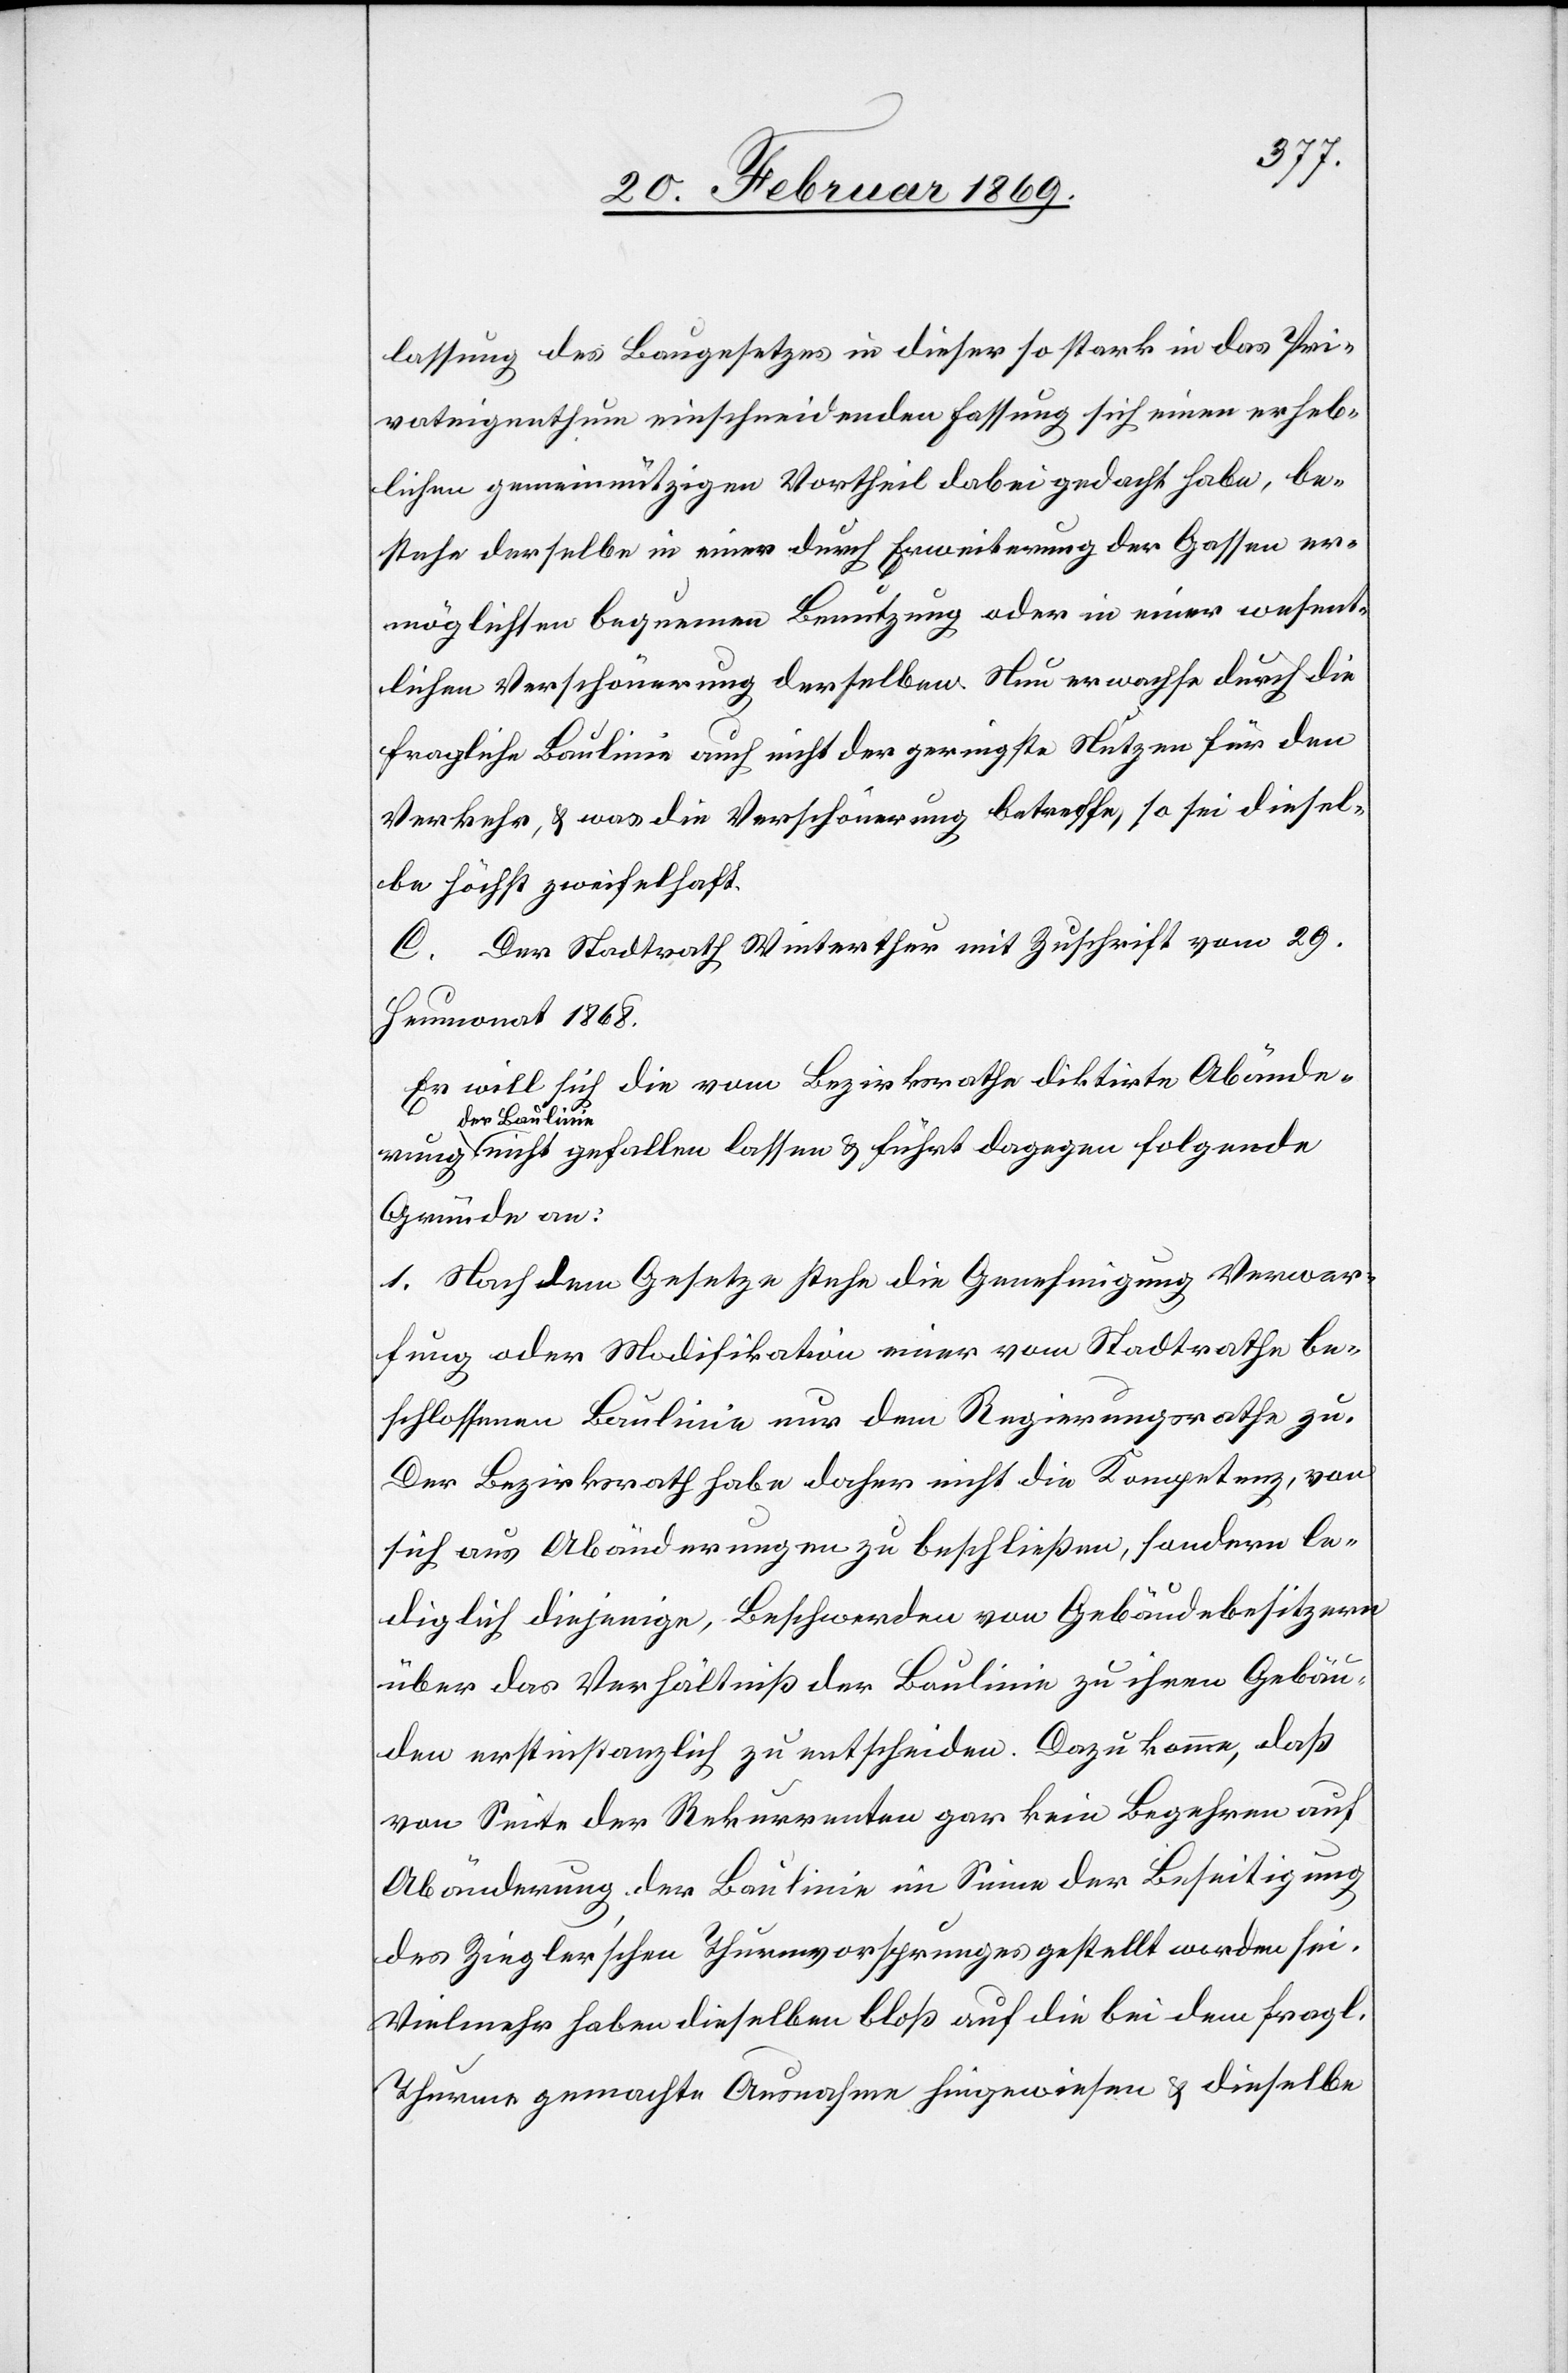
lassung des Baugesetzes in dieser so stark in das Pri¬
vateigenthum einschneidenden Fassung sich einen erheb¬
lichen gemeinnützigen Vortheil dabei gedacht habe, be¬
stehe derselbe in einer durch Erweiterung der Gassen er¬
möglichten bequemen Benutzung oder in einer wesent¬
lichen Verschönerung derselben. Nun erwachse durch die
fragliche Baulinie auch nicht der geringste Nutzen für den
Verkehr, & was die Verschönerung betreffe, so sei diesel¬
be höchst zweifelhaft.
C. Der Stadtrath Winterthur mit Zuschrift vom 29.
Heumonat 1868.
Er will sich die vom Bezirksrathe diktirte Abänderung
der Baul¬
inie nicht gefallen lassen & führt dagegen folgende
Gründe an:
1. Nach dem Gesetze stehe die Genehmigung Verwer¬
fung oder Modifikation einer vom Stadtrathe be¬
schlossenen Baulinie nur dem Regierungsrathe zu.
Der Bezirksrath habe daher nicht die Kompetenz, von
sich aus Abänderungen zu beschließen, sondern le¬
diglich diejenige, Beschwerden von Gebäudebesitzern
über das Verhältniß der Baulinie zu ihren Gebäu¬
den erstinstanzlich zu entscheiden. Dazu komme, daß
von Seite der Rekurrenten gar kein Begehren auf
Abänderung der Baulinie im Sinne der Beseitigung
des Ziegler’schen Thurmvorsprungs gestellt worden sei.
Vielmehr haben dieselben bloß auf die bei dem fragl.
Thurme gemachte Ausnahme hingewiesen & dieselbe